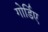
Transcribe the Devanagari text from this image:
गोर्डिए